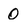
Character: o